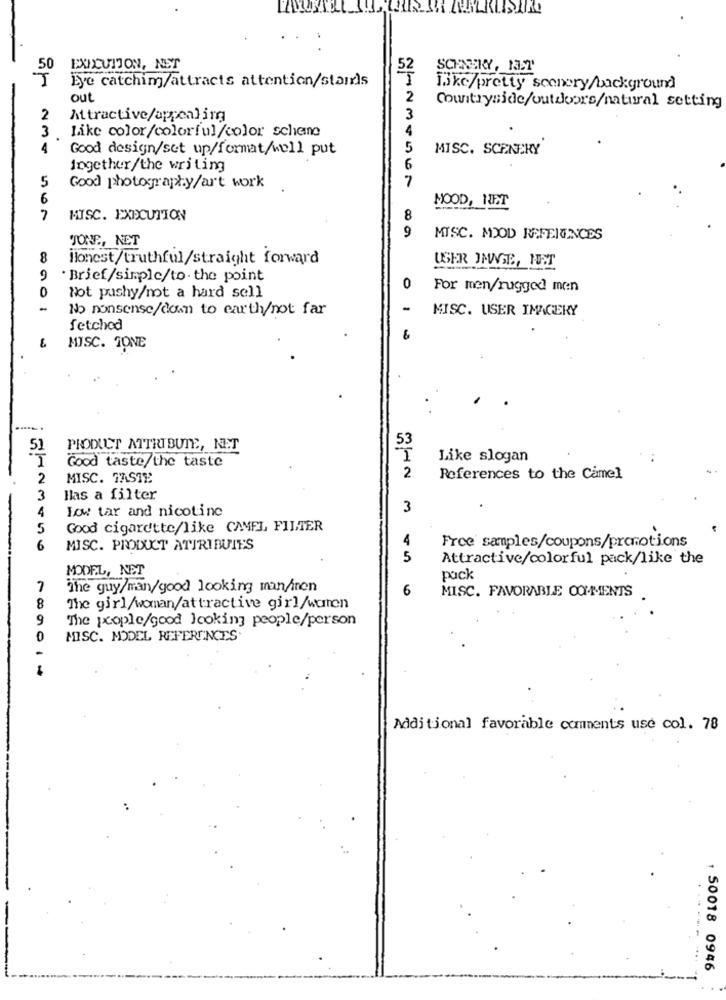
50
EXICUITON, NET
52
SCENERY, 13.2'
T
Eye catching/attracts attention/stairls
I
Ijke/pretty scenery/background
out
2
Countryside/outdoors/natural setting
2
Attractive/appealing
3
3
Like color/colorful/color schiene
4
4
Good design/set up/format/well put
5
MISC. SCENERY
Ingether/the writing
6
5
7
Good photography/art work
6
MOOD, NET
7
MISC. EXECUTION
8
9
TONE, NET
MISC. MOOD REFERENCES
8
Honest/truthful/straight forward
USER IMAGE, NET
9
. Brief/simple/to. the point
0
For men/rugged men
Not pushy/not a hard sell
-
No nonsense/down to earth/not far
MISC. USER IMAGERY
fetched
MISC. TONE
51
PRODUCT ATTRIBUTE, NET
53
I
Good taste the taste
Like slogan
2
MISC. TASTE
2
References to the Camel
3
Has a filter
4
low tar and nicotine
3
5
Good cigarette/like CAMEL FILTER
Free samples/coupons/promotions
6
MISC. PRODUCT ATTRIBUTES
5
Attractive/colorful pack/like the
MODEL, NET
pack
7
The guy/man/good looking man/inen
6
45 6
MISC. FAVORABLE OOF-MENTS
8
The girl/woman/attractive girl/women
9
The people/good looking people/person
0
MISC. MODEL REFERENCES.
Additional favorable comments use col. 78
.----
1 50018 0946